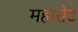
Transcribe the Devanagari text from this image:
महारोट